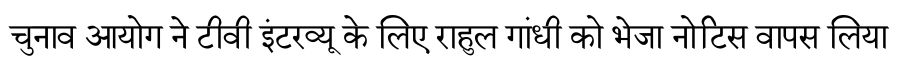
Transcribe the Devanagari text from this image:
चुनाव आयोग ने टीवी इंटरव्यू के लिए राहुल गांधी को भेजा नोटिस वापस लिया